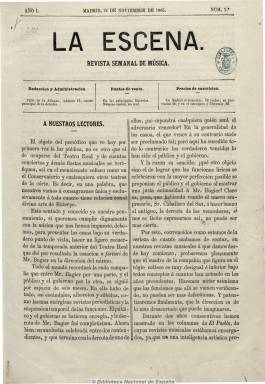
Título: La Escena (Madrid)
Colección: Música || Teatro
Ámbito geográfico: Madrid
Lugar de publicación: Madrid
Fechas: 12/11/1865-05/05/1867

Subtitulado, desde su aparición en noviembre de 1865, como “revista semanal de música”, desde el 13 de octubre de 1866 lo será como “revista de teatros” y, desde el 27 de este mes y año, como “revista semanal de música y teatros”, reflejando los cambios de su contenido. Sólo se publicaba durante la temporada de conciertos, es decir, de octubre a mayo, apareciendo los sábados en números de ocho páginas. Su primer editor-propietario es Mariano Tancredi, siendo sustituido al comenzar la segunda temporada por Narciso Martínez, que aparecerá también como director.

La publicación se ocupa de los conciertos y demás fiestas musicales de los teatros de Madrid, especialmente del Teatro Real, pero también de los de provincias españolas y principales capitales europeas. Incluye artículos científicos sobre música antigua y moderna y críticos sobre las funciones que se representan. También ofrece información sobre el Conservatorio Nacional de Música y las compañías líricas, así como noticias filarmónicas. Publicará también biografías de los más eminentes poetas, maestros, actores y cantantes, así como textos de obras.

A partir del 27 de octubre de 1866, bajo su cabecera, da la nutrida nómina de sus colaboradores. Además de Narciso Martínez, aparecerán textos de Juan Alonso y Eguilaz, Augusto Anguita, Ángel Avilés, Francisco Asenjo Barbieri y Eusebio Blasco, entre otros.